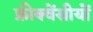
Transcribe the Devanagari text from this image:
फ्रीक्वेंसीयों